Bréfritari: Þorbjörg Jónsdóttir
Viðtakandi: D. Halldórsson
Dagsetning: A-1886-02-23
Skrifað á: Dakóta
ekkja séra Ólafs Indriðasonar

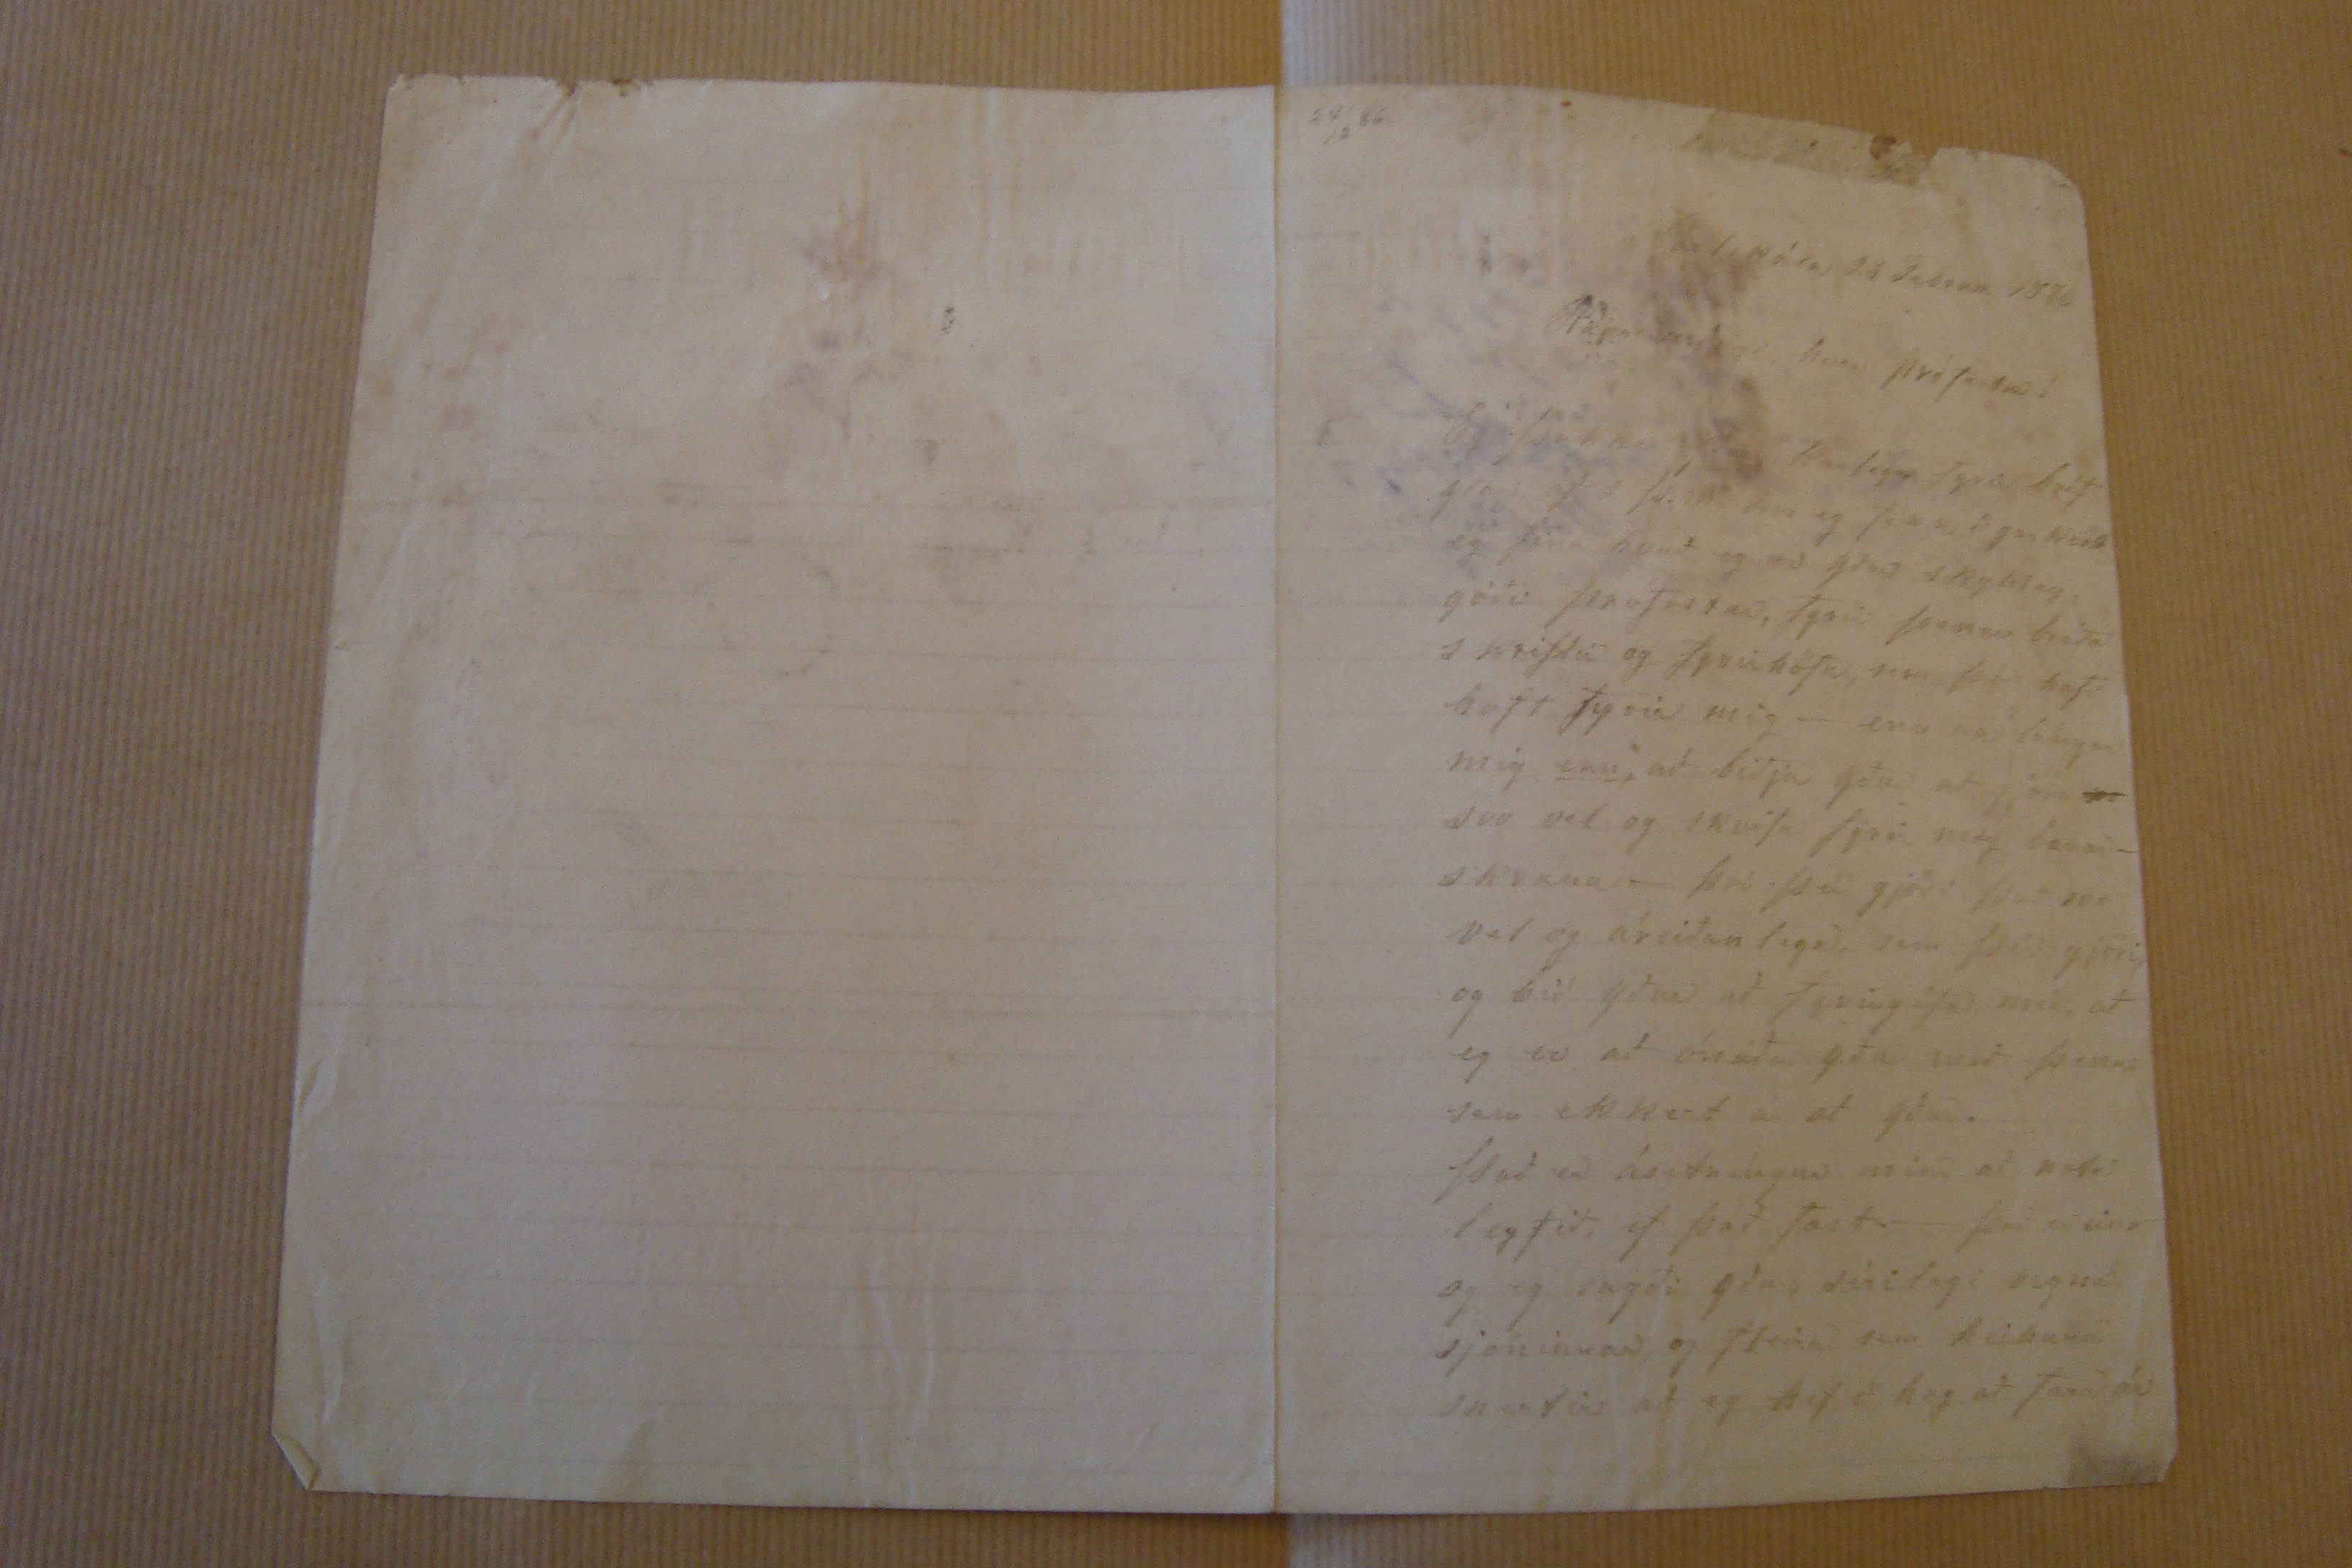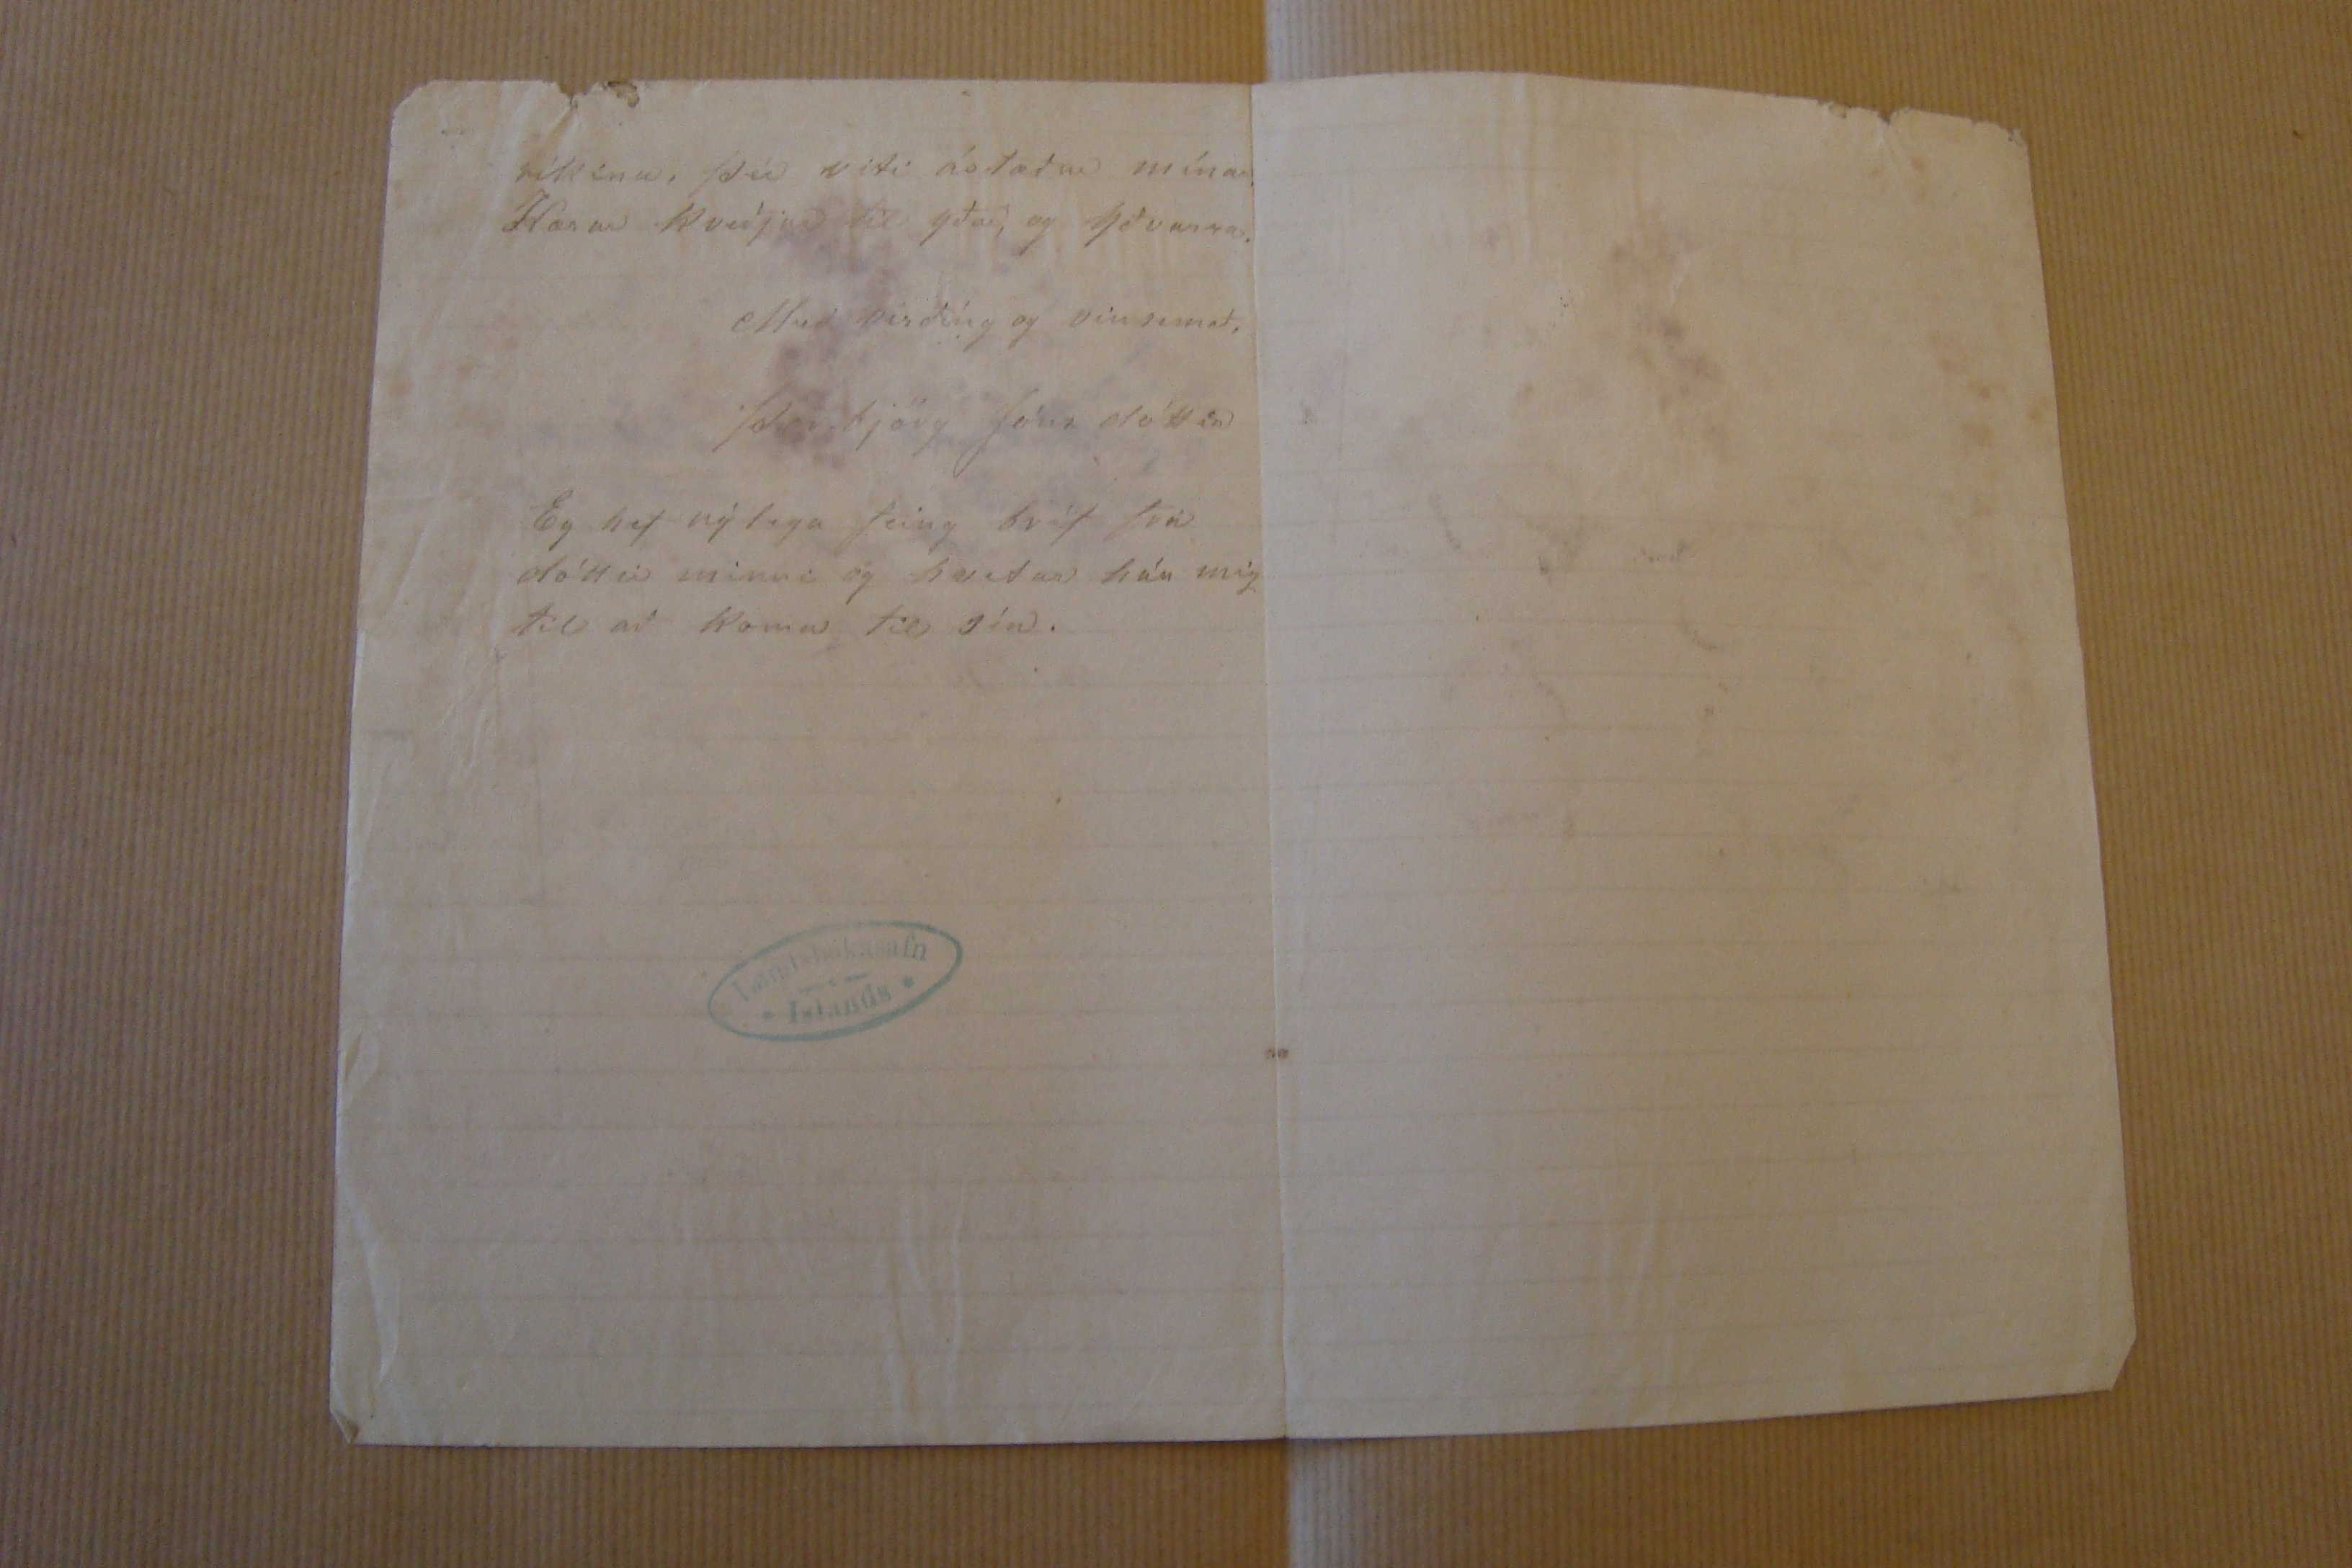

Dalakóla
23 Februm 1886
Haværuverðugi herra
prófastur!
Eg þakka yður Kærlega Fyra bréf yðar af 2 fr. Juni eg fékk að gærkvöld eg fina hvað og að yður skylið og góði prófastar, Fyrir þenan bréfa s kriftir og fyrir höfn, sem
þer
hafi haft fyrir mig- eru
nú l ugar
mig (undirstrik/enn/) að biðja yður að gjöra svo vel og skrifa fyrir mig bænaskrána- því þú gjöri það svo vel og áreiðanlega, sem fær gjöri og bíð yður að Fyrirgéfa mér að eg er að ónáða yður með þessu sem ekkert á að yður.
Það er ásetnalegna mini að nota
legtíð
, ef það Fæst.- það er eins og eg sagði yður, sírilagi vegnar sjoninnar, og fleira sem heilsuna snertir að eg hef ó hag að
Farið úr
ríkinu, þú viti ástæðu mína.
Kærar Kveðjur til yðar, og Yðvorna.
Með virðíng og vinsemð.
Þorbjörg Jóns dóttir
Eg hef nýlega feing bréf Frá dóttir minni og hvetur hún mig til að koma til sín.